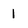
Character: 1